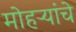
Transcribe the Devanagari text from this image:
मोहऱ्यांचे